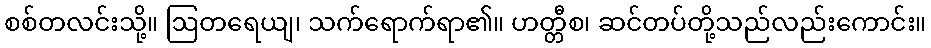
စစ်တလင်းသို့။ ဩတရေယျ၊ သက်ရောက်ရာ၏။ ဟတ္တီစ၊ ဆင်တပ်တို့သည်လည်းကောင်း။